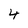
Character: 4